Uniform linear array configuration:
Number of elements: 48
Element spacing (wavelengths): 1
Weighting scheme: uniform
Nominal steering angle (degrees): -45
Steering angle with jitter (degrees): -46.83
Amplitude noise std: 0.05
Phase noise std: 0.05

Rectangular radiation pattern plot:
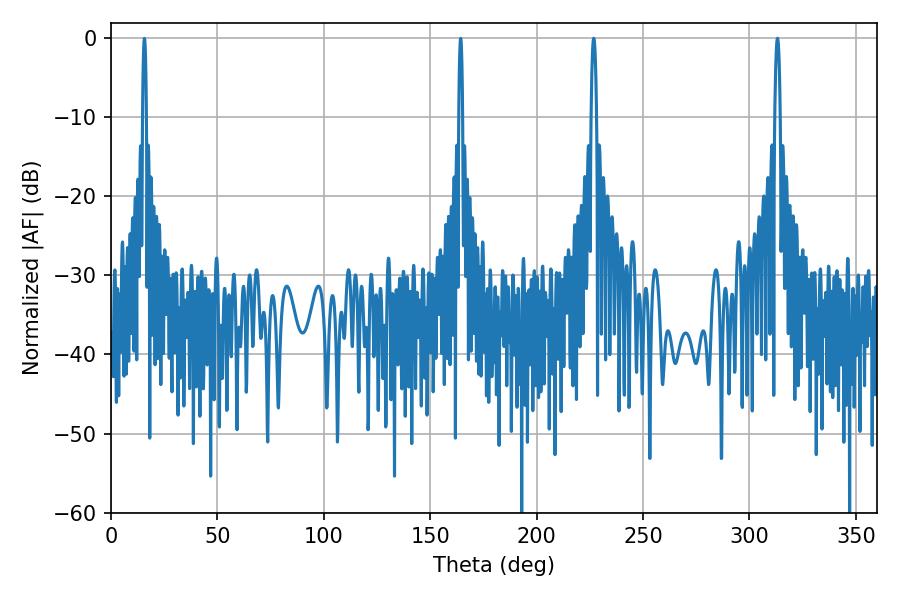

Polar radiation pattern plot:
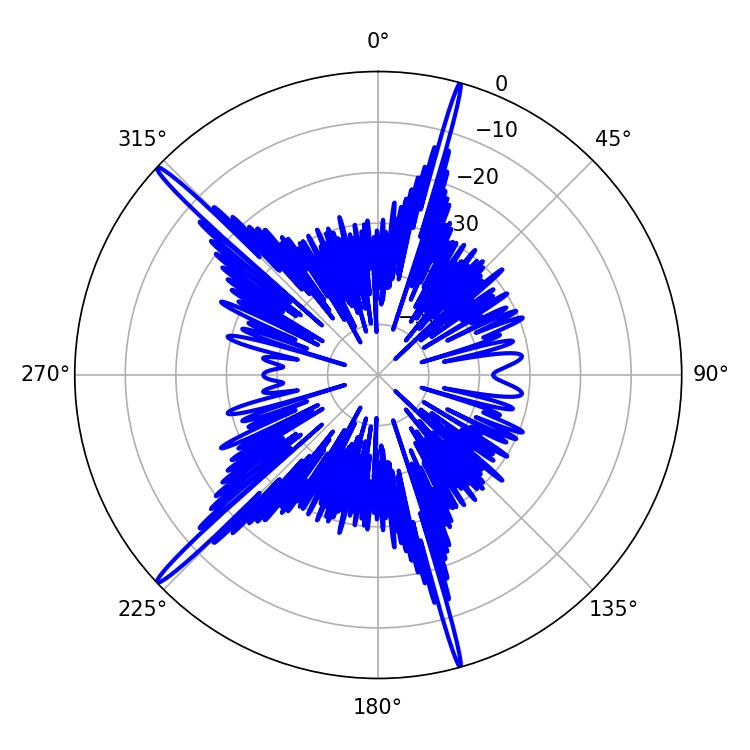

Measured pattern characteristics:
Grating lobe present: TRUE
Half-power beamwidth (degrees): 1.44
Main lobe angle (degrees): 226.8